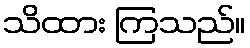
သိထား ကြသည်။